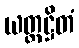
ယတ္ထဋ္ဌိတံ